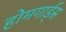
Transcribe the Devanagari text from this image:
होमगार्ड्‌स